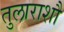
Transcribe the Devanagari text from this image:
तुलाराशौ